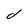
Character: d